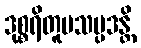
ဒုစ္စရိတူပသမ္ပဒန္တိ